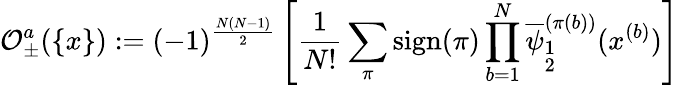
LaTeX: {\cal O}_{\pm}^{a}(\{ x\} ):=(-1)^{\frac{N(N-1)}{2}}\left[\frac{1}{N!}\sum_{\pi}\mathrm{sign}(\pi)\prod_{b=1}^{N}\overline{{{\psi}}}_{\stackrel{{\scriptstyle 1}}{{\scriptstyle 2}}}^{(\pi(b))}(x^{(b)})\right]